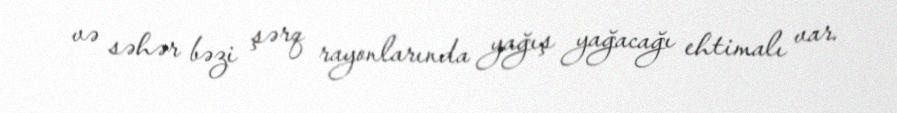
və səhər bəzi şərq rayonlarında yağış yağacağı ehtimalı var.